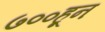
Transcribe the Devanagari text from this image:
७००हून